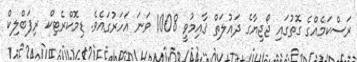
ރަސްކަމެއްގެ ގޮތުގައި ޖޯޖިޔާގެ ދައުލަތް ޤާއިމުވީ 1008 ވަނަ އަހަރުގައެވެ. ޑިމޮކްރެޓިކް ރިޕަބްލިކް